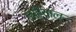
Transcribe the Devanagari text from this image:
लरियाल्